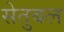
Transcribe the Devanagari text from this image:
सेतुबल